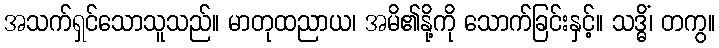
အသက်ရှင်သောသူသည်။ မာတုထညာယ၊ အမိ၏နို့ကို သောက်ခြင်းနှင့်။ သဒ္ဓိံ၊ တကွ။